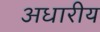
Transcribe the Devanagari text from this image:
अधारीय